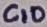
Text: C10